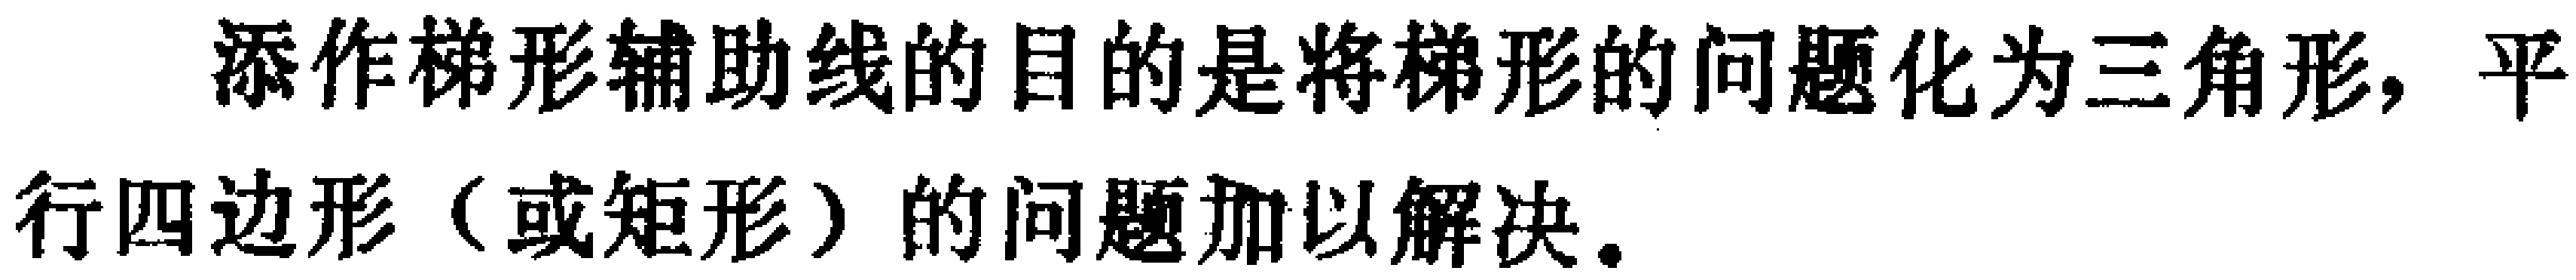
添作梯形辅助线的目的是将梯形的问题化为三角形，平行四边形（或矩形）的问题加以解决。